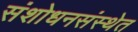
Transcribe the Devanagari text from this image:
संशोधनसंस्थेत